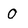
Character: 0